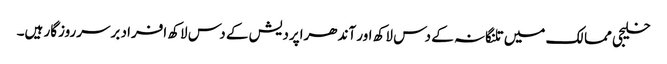
خلیجی ممالک میں تلنگانہ کے دس لاکھ اور آندھراپردیش کے دس لاکھ افراد برسرروزگار ہیں۔